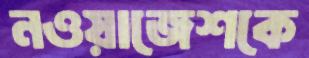
নওয়াজেশকে